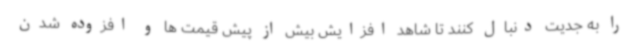
را به جدیت دنبال کنند تا شاهد افزایش بیش از پیش قیمت ها و افزوده شدن